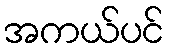
အကယ်ပင်